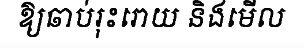
ឱ្យឆាប់រុះរោយ និងមើល